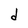
Character: d